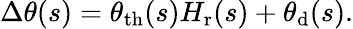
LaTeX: \Delta\theta(s)=\theta_{\mathrm{th}}(s)H_{\mathrm{r}}(s)+\theta_{\mathrm{d}}(s).